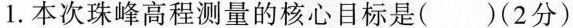
1.本次珠峰高程测量的核心目标是()(2分)